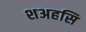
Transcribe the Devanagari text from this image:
शअहसि